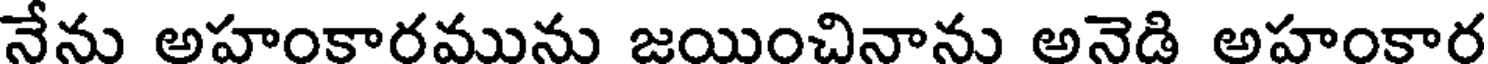
నేను అహంకారమును జయించినాను అనెడి అహంకార